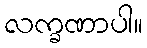
လက္ခဏာပါ။